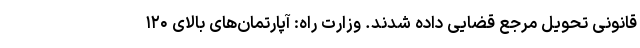
قانونی تحویل مرجع قضایی داده شدند. وزارت راه: آپارتمان‌های بالای ۱۲۰